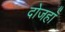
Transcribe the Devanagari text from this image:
दोजहाँ